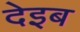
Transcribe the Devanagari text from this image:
देइब